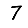
Digit: 7